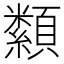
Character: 纇